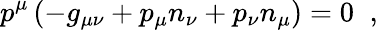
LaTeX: p^{\mu}\left(-g_{\mu\nu}+p_{\mu}n_{\nu}+p_{\nu}n_{\mu}\right)=0\; \; ,